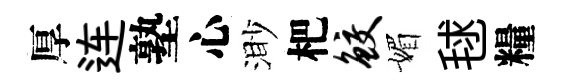
厚连塾心渺杷鲛媚毬糧